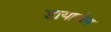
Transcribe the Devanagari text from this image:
डायाजेन